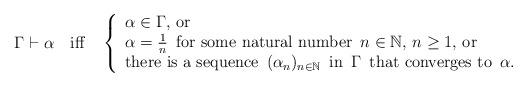
LaTeX: \begin{align*}\Gamma\vdash\alpha\quad\hbox{iff}\quad\left\{\begin{array}{l} \alpha\in\Gamma,\,\hbox{or}\\ \alpha=\frac{1}{n}\,\hbox{ for some natural number }\,n\in\mathbb{N},\,n\ge1,\,\hbox{or}\\ \hbox{there is a sequence }\,(\alpha_n)_{n\in\mathbb{N}}\,\hbox{ in }\,\Gamma\,\hbox{ that converges to }\,\alpha.\end{array}\right.\end{align*}